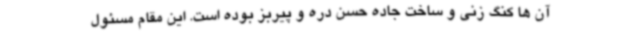
آن ها کنگ زنی و ساخت جاده حسن دره و پیربز بوده است. این مقام مسئول